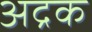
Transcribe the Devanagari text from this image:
अद्रक